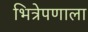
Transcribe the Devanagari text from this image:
भित्रेपणाला